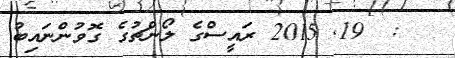
:  19